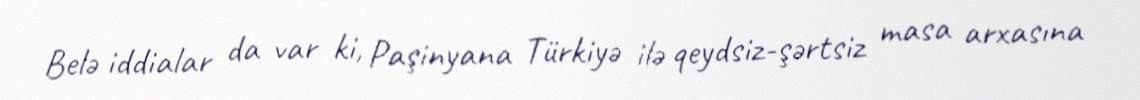
Belə iddialar da var ki, Paşinyana Türkiyə ilə qeydsiz-şərtsiz masa arxasına